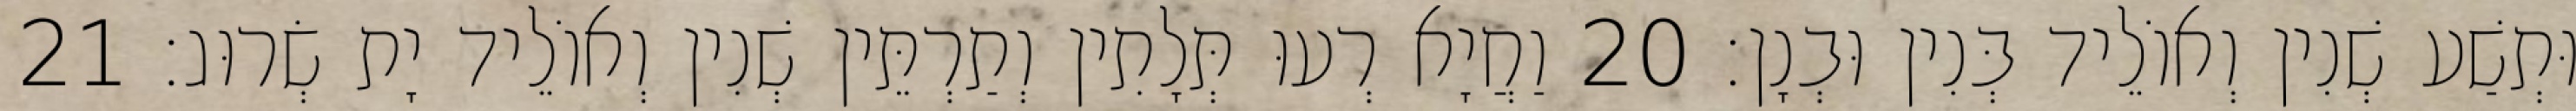
וּתְשַׁע שְׁנִין וְאוֹלֵיד בְּנִין וּבְנָן׃ 20 וַחֲיָא רְעוּ תְּלָתִין וְתַרְתֵּין שְׁנִין וְאוֹלֵיד יָת שְׂרוּג׃ 21